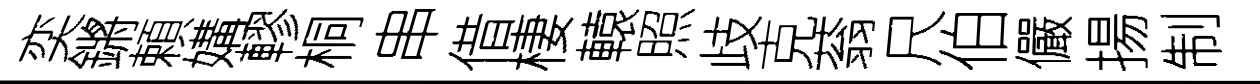
奕鏘頼媾轇桐串借棲轅照歧克蓊尺伯儼揚制